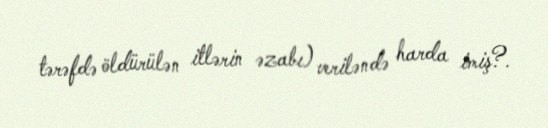
tərəfdə öldürülən itlərin əzabı) veriləndə harda imiş?.